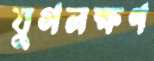
যুগলক্ষণ